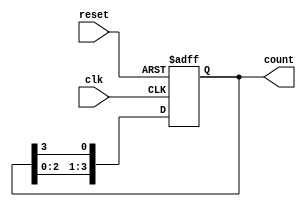
module ring_counter (
    input wire clk,          // Clock input
    input wire reset,        // Asynchronous reset
    output reg [3:0] count   // 4-bit output representing the state
);

// Always block triggered on the rising edge of the clock or the reset signal
always @(posedge clk or posedge reset) begin
    if (reset) begin
        // Initialize the counter to 0001 on reset
        count <= 4'b0001;
    end else begin
        // Shift the '1' to the left, wrapping around
        count <= {count[2:0], count[3]};
    end
end

endmodule